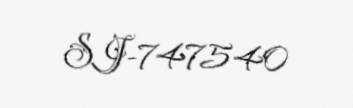
SJ-747540